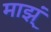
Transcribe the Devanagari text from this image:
माझ्ं